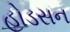
હોડસન